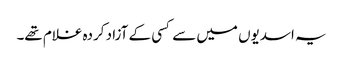
یہ اسدیوں میں سے کسی کے آزاد کردہ غلام تھے۔